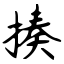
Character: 揍